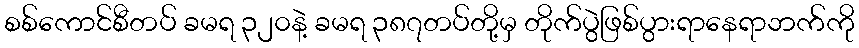
စစ်ကောင်စီတပ် ခမရ ၃၂၀နဲ့ ခမရ ၃၈၇တပ်တို့မှ တိုက်ပွဲဖြစ်ပွားရာနေရာဘက်ကို